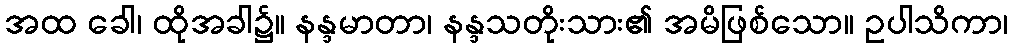
အထ ခေါ၊ ထိုအခါ၌။ နန္ဒမာတာ၊ နန္ဒသတိုးသား၏ အမိဖြစ်သော။ ဥပါသိကာ၊